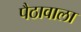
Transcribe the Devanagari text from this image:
पैठावाला